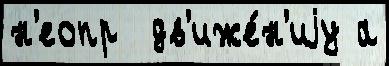
н'еопр  дв'иже́н'иjу а